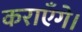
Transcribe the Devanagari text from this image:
कराएँगे।